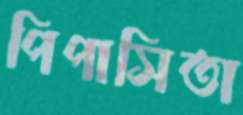
পিপাসিতা